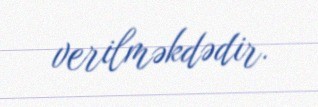
verilməkdədir.